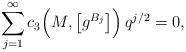
LaTeX: \begin{align*}\sum_{j=1}^\infty c_3\Big(M,\big[g^{B_j}\big]\Big)\,q^{j/2}=0,\end{align*}